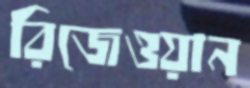
রিজেওয়ান